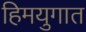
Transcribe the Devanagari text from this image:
हिमयुगात